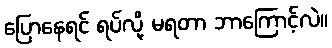
ပြောနေရင် ရပ်လို့ မရတာ ဘာကြောင့်လဲ။